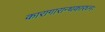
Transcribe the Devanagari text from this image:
कारागारान्धकारघ्नः